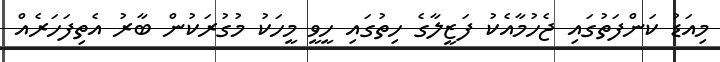
މިއަޑު ކަންފަތުގައި ޖެހުމާއެކު ފަޒީލާގެ ހިތުގައި ހީވީ މީހަކު މުގުރަކުން ބާރު އެތިފަހަރެއް